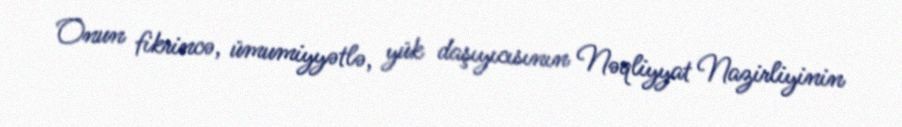
Onun fikrincə, ümumiyyətlə, yük daşıyıcısının Nəqliyyat Nazirliyinin